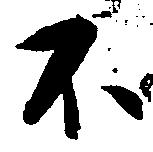
不